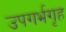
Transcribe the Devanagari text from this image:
उपगर्भगृह